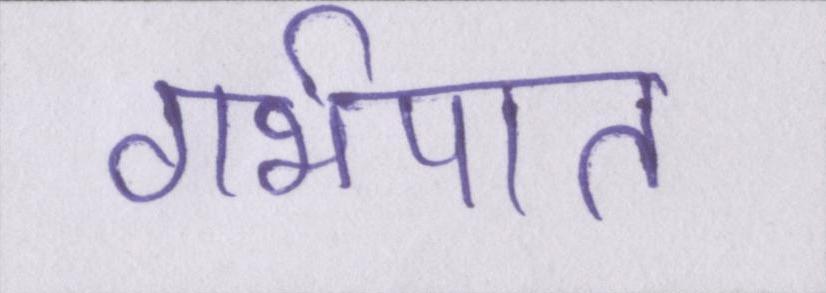
गर्भपात